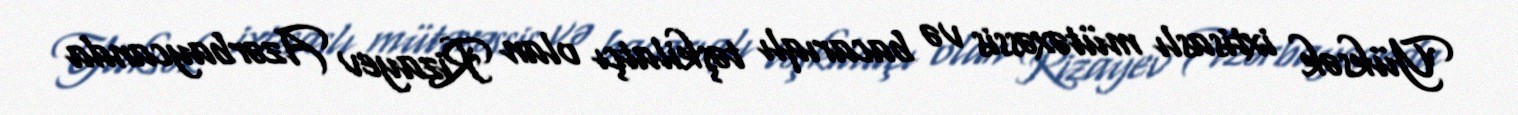
Yüksək ixtisaslı mütəxəssis və bacarıqlı təşkilatçı olan Rizayev Azərbaycanda